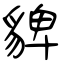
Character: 貏